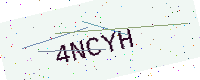
Text: 4NCYH